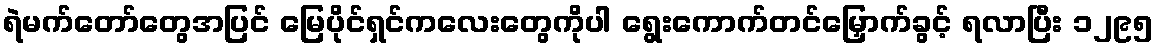
ရဲမက်တော်တွေအပြင် မြေပိုင်ရှင်ကလေးတွေကိုပါ ရွေးကောက်တင်မြှောက်ခွင့် ရလာပြီး ၁၂၉၅